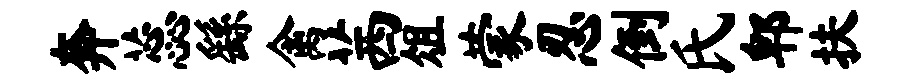
奔蕊繇禽茜俎蒙忍倒氏郫扶